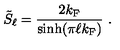
\tilde { S } _ { \ell } = \frac { 2 k _ { \mathrm { F } } } { \sinh ( \pi \ell k _ { \mathrm { F } } ) } \ .